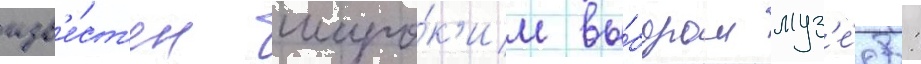
изв'е́ст'ен широ́к'им вы́бором муз'е́ев: